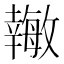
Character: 𪪉